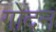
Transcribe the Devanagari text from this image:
गोदन